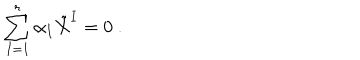
LaTeX: \sum _ { I = 1 } ^ { r } \alpha _ { I } \tilde { X } ^ { I } = 0 \ .